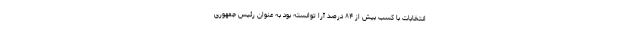
انتخابات با کسب بیش از ۸۴ درصد آرا توانسته بود به عنوان رئیس جمهوری